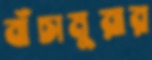
বাঁচামুরার